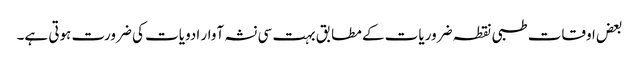
بعض اوقات طبی نقطہ ضروریات کے مطابق بہت سی نشہ آوار ادویات کی ضرورت ہوتی ہے۔